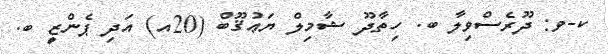
ކ-ވ: ދޫރެސްވިލާ ބ. ހިތާދޫ ޝާމިލް ޔަޢުޤޫބް (20އ) އަދި ޕެންޒީ ބ.